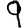
Digit: 9